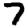
Digit: 7